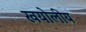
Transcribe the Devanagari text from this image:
खयोलीय